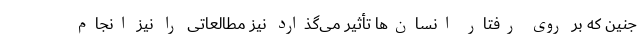
جنین که بر روی رفتار انسان‌ها تأثیر می‌گذارد نیز مطالعاتی را نیز انجام